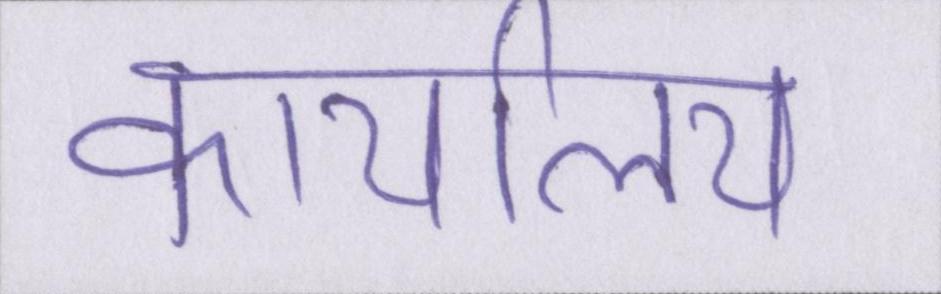
कार्यालय